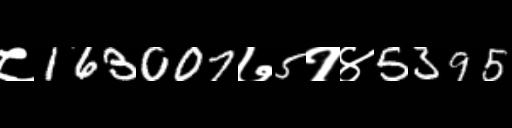
Text: ८163007७5१४5395